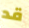
قد